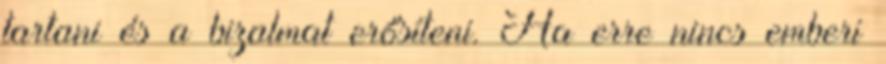
tartani és a bizalmat erősíteni. Ha erre nincs emberi